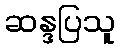
ဆန္ဒပြသူ